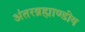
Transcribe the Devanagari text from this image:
अंतरब्रह्माण्डीय